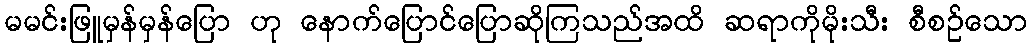
မမင်းဖြူမှန်မှန်ပြော ဟု နောက်ပြောင်ပြောဆိုကြသည်အထိ ဆရာကိုမိုးသီး စီစဉ်သော